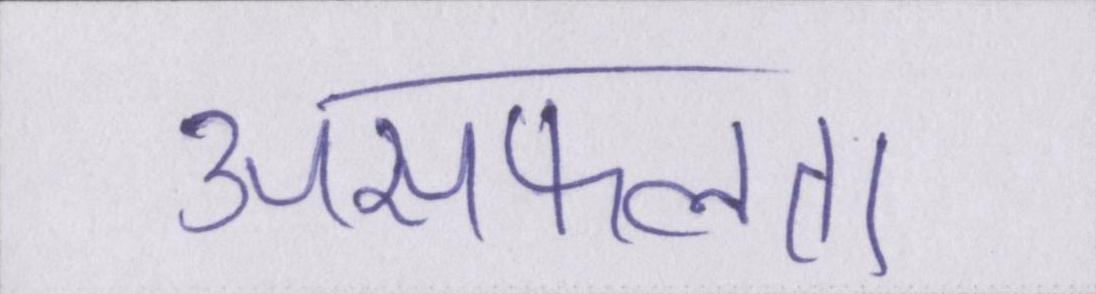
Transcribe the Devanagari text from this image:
असफलता